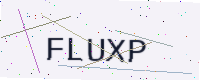
Text: FLUXP